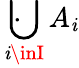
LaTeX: \ \cdot\! \! \! \! \! \bigcup_{\mathit{i}\inI}A_{\mathit{i}}